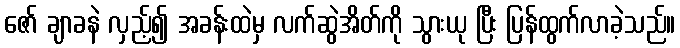
ဇော် ချာခနဲ လှည့်၍ အခန်းထဲမှ လက်ဆွဲအိတ်ကို သွားယု ပြီး ပြန်ထွက်လာခဲ့သည်။